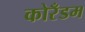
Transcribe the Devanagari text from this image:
कोरँडम